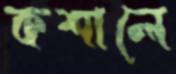
কশালে